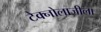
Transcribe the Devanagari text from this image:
टेक्नोलाजीला